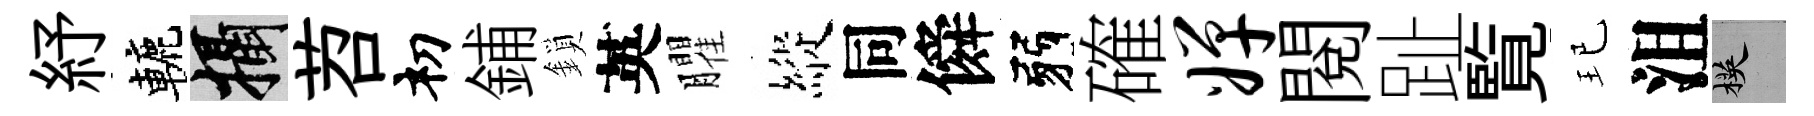
紓轆攝苕𥘉鋪鎖英臞縱同僢弱確婵閲趾覧玘沮楧